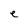
Character: e